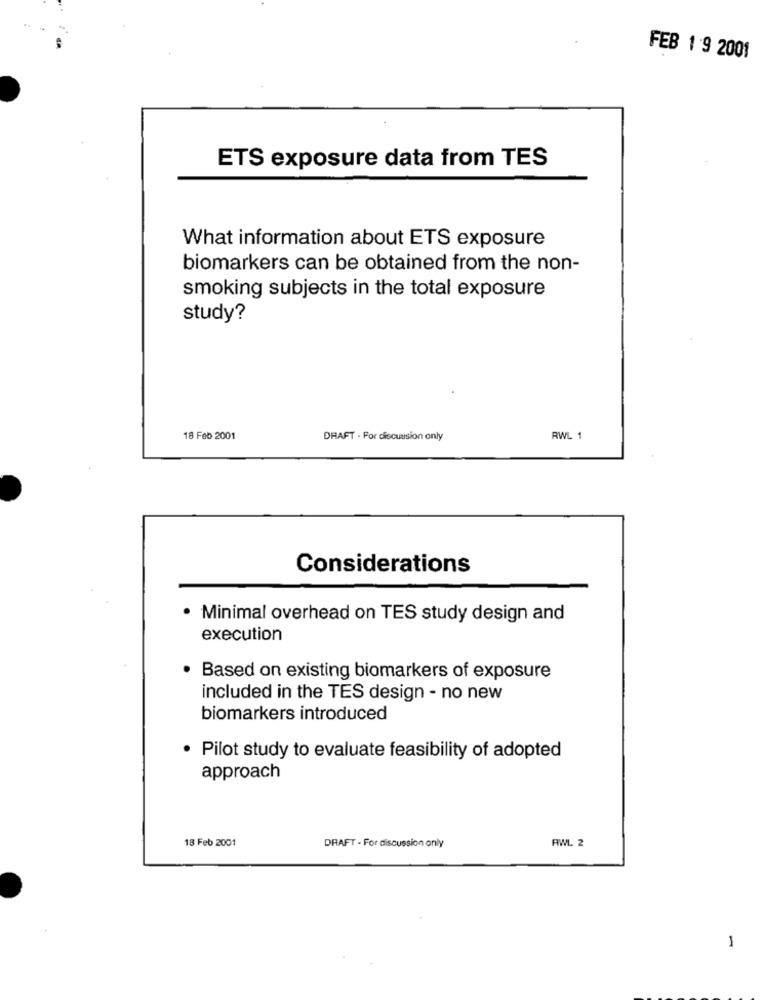
FEB 1 9 2001
ETS exposure data from TES
What information about ETS exposure
biomarkers can be obtained from the non-
smoking subjects in the total exposure
study?
18 Feb 2001
DRAFT - For discussion only
RWL 1
Considerations
· Minimal overhead on TES study design and
execution
Based on existing biomarkers of exposure
included in the TES design - no new
biomarkers introduced
Pilot study to evaluate feasibility of adopted
approach
18 Feb 2001
DRAFT - For discussion only
AWL 2
1